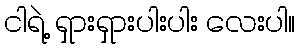
ငါရဲ့ ရှားရှားပါးပါး လေးပါ။